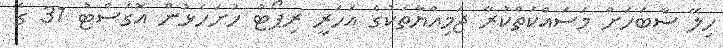
ހިލޭ ސާބަހަށް މަސައްކަތްކުރާ ޖަމިއްޔާތަކުގެ އަހަރީ ރިޕޯޓު ހުށަހެޅުން އޮގަސްޓު 31 ގެ